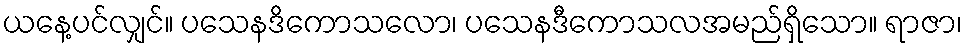
ယနေ့ပင်လျှင်။ ပသေနဒိကောသလော၊ ပသေနဒီကောသလအမည်ရှိသော။ ရာဇာ၊